Annual report of the Punjab Veterinary College and of the Civil Veterinary Department, Punjab - 1920-1925
Year: 1920
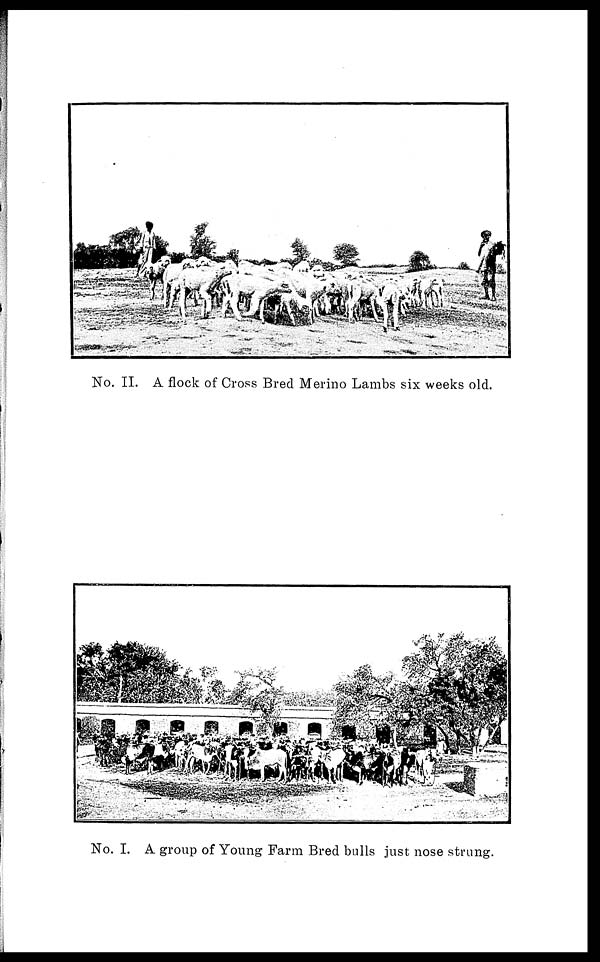
No. II. A flock of Cross Bred Merino Lambs six weeks old.
No. I. A group of Young Farm Bred bulls just nose strung.